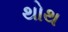
થોથ